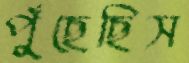
পুঁছেছিস